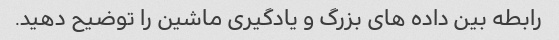
رابطه بین داده های بزرگ و یادگیری ماشین را توضیح دهید.